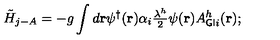
\tilde { H } _ { j - A } = - g \int d { \bf r } { \psi ^ { \dagger } } ( { \bf r } ) \alpha _ { i } { \textstyle \frac { \lambda ^ { h } } { 2 } } \psi ( { \bf r } ) A _ { { \sf G I } i } ^ { h } ( { \bf r } ) ;